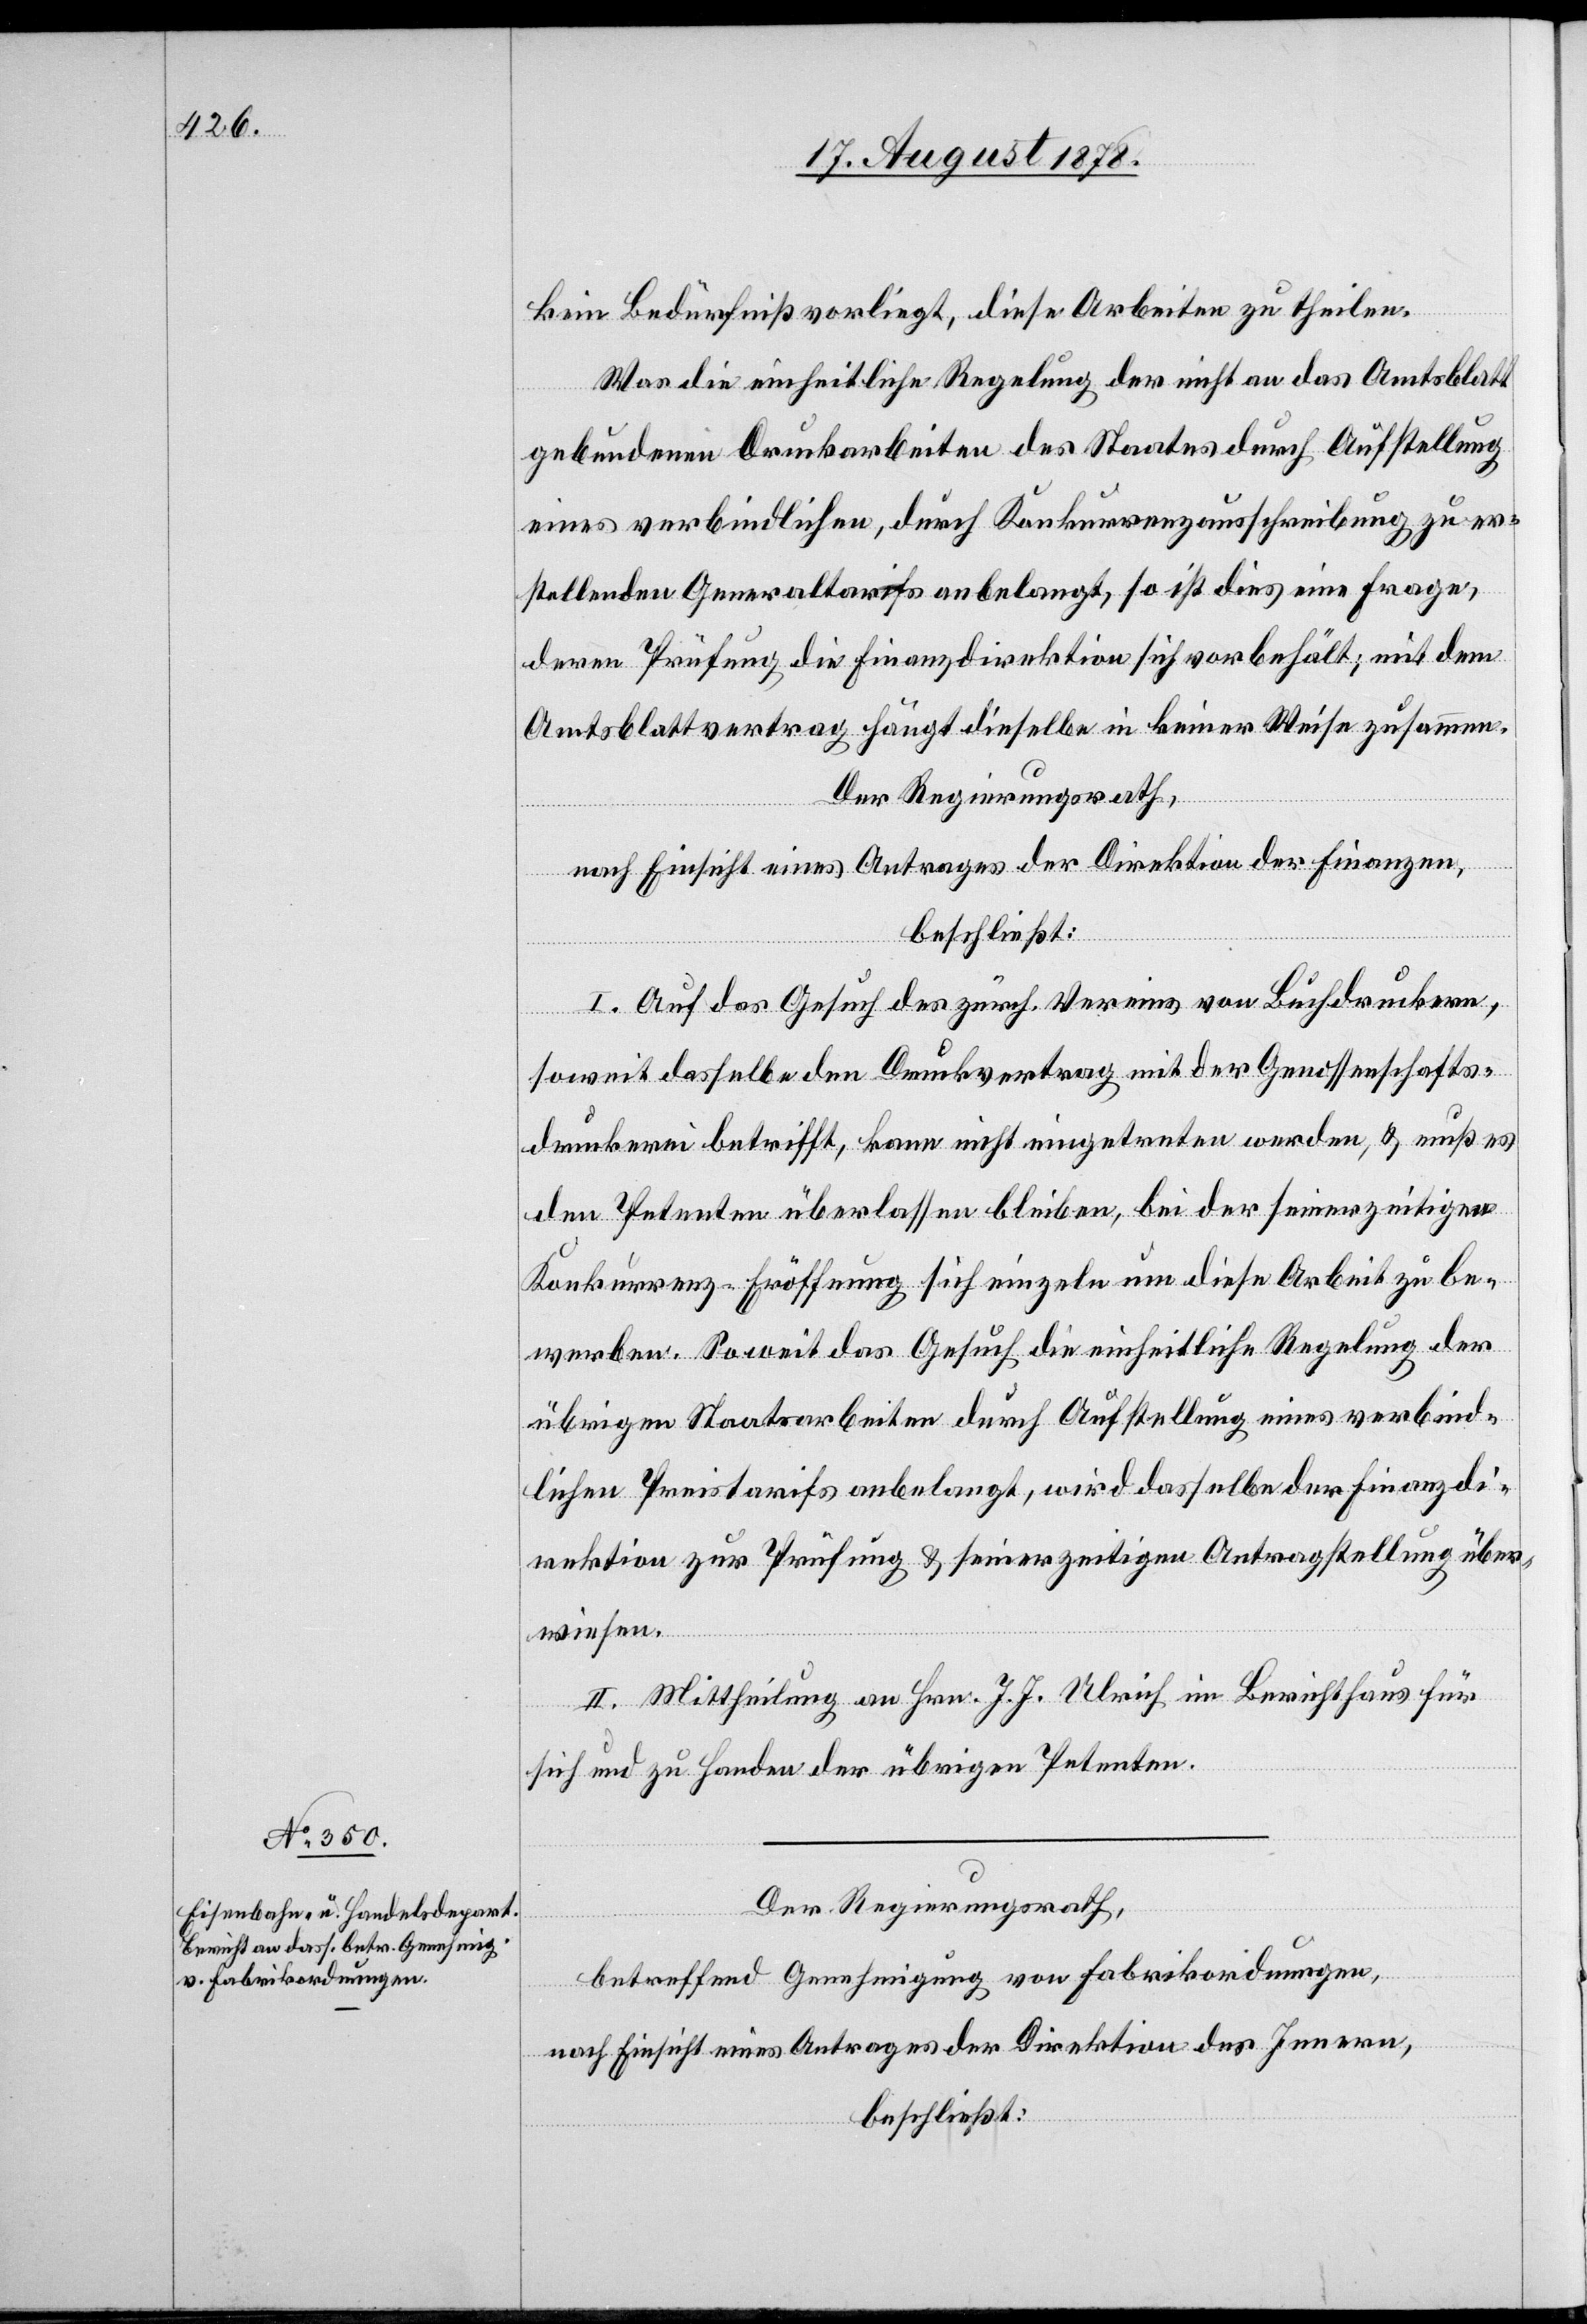
kein Bedürfnis vorliegt, diese Arbeiten zu theilen.
Was die einheitliche Regelegung der nicht an das Amtsblatt
gebundenen Druckarbeiten des Staates durch Aufstellung
eines verbindlichen, durch Konkurrenzausschreibung zu er¬
stellenden Generaltarifs anbelangt, so ist dies eine Frage,
deren Prüfung die Finanzdirektion sich vorbehält; mit dem
Amtsblattvertrag hängt dieselbe in keiner Weise zusammen.
Der Regierungsrath,
nach Einsicht eines Antrages der Direktion der Finanzen,
beschließt:
I. Auf das Gesuch des zürch. Vereins von Buchdruckern,
soweit dasselbe den Druckvertrag mit der Genossenschafts¬
druckerei betrifft, kann nicht eingetreten werden, & muß es
den Petenten überlasen bleiben, bei der seinerzeitigen
Konkurrenz-Eröffnung sich einzeln um diese Arbeit zu be¬
werben. Soweit das Gesuch die einheitliche Regelung der
übrigen Staatsarbeiten durch Aufstellung eines verbind¬
lichen Preistarifs anbelangt, wird dasselbe der Finanzdi¬
rektion zur Prüfung & seinerzeitigen Antragstellung über¬
wiesen.
II. Mittheilung an Hrn. J. J. Ulrich im Berichthaus für
sich und zu Handen der übrigen Petenten.
Der Regierungsrath,
betreffend Genehmigung von Fabrikordnungen,
nach Einsicht eines Antrages der Direktion des Innern,
beschließt: